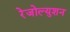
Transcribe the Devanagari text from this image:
रेजोल्युशन